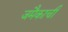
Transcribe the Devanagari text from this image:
जमैकाची